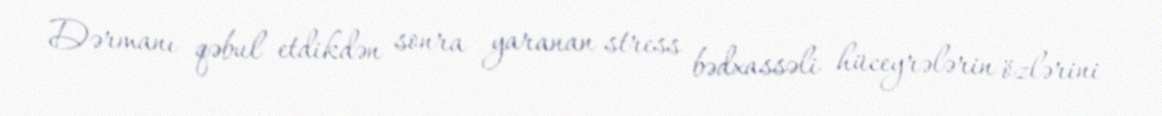
Dərmanı qəbul etdikdən sonra yaranan stress bədxassəli hüceyrələrin özlərini